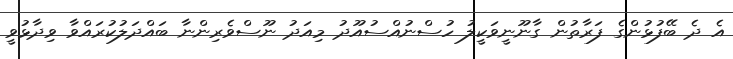
އެ ދެ ބޭފުޅުންގެ ފަރާތުން ގާނޫނީވަކީލު ހުސްނުއްސުއޫދު މިއަދު ނޫސްވެރިންނާ ބައްދަލުކުރައްވާ ވިދާޅުވީ